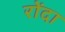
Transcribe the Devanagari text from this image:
रोंदा